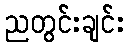
ညတွင်းချင်း